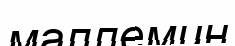
маллемин